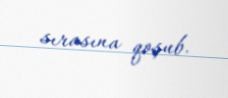
sırasına qoşub.